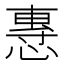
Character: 𢞯